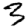
Digit: 3